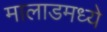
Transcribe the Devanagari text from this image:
मालाडमध्ये